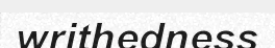
writhedness